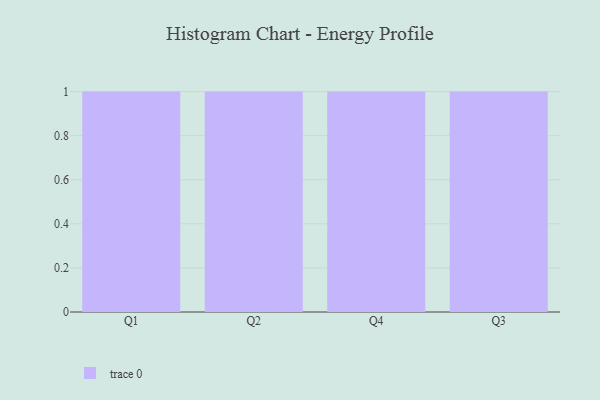
{"axis": {"x": "Quarter", "y": "Page Views"}, "legend": [""], "data": [{"x": "Q1", "y": 24, "type": ""}, {"x": "Q2", "y": 19, "type": ""}, {"x": "Q4", "y": 61, "type": ""}, {"x": "Q3", "y": 80, "type": ""}]}